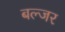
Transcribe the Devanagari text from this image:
बल्जर